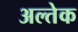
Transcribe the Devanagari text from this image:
अल्तेक